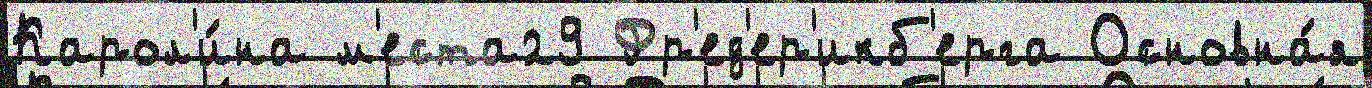
Карол'и́на м'еста29 Фр'ед'ер'икб'ерга Основна́я